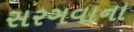
સરગવાના